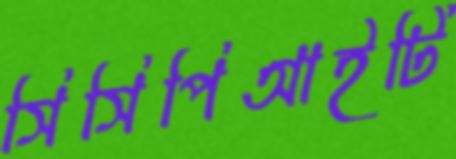
সিসিপিআইটি